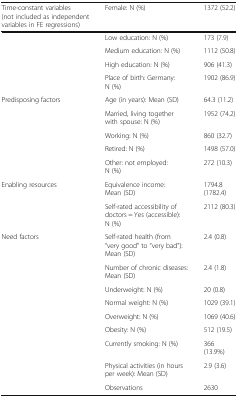
<table><thead><tr><td><b>Time-constant variables (not included as independent variables in FE regressions)</b></td><td><b>Female: N (%)</b></td><td><b>1372 (52.2)</b></td></tr></thead><tbody><tr><td rowspan="4"></td><td>Low education: N (%)</td><td>173 (7.9)</td></tr><tr><td>Medium education: N (%)</td><td>1112 (50.8)</td></tr><tr><td>High education: N (%)</td><td>906 (41.3)</td></tr><tr><td>Place of birth: Germany: N (%)</td><td>1902 (86.9)</td></tr><tr><td rowspan="5">Predisposing factors</td><td>Age (in years): Mean (SD)</td><td>64.3 (11.2)</td></tr><tr><td>Married, living together with spouse: N (%)</td><td>1952 (74.2)</td></tr><tr><td>Working: N (%)</td><td>860 (32.7)</td></tr><tr><td>Retired: N (%)</td><td>1498 (57.0)</td></tr><tr><td>Other: not employed: N (%)</td><td>272 (10.3)</td></tr><tr><td rowspan="2">Enabling resources</td><td>Equivalence income: Mean (SD)</td><td>1794.8 (1782.4)</td></tr><tr><td>Self-rated accessibility of doctors = Yes (accessible): N (%)</td><td>2112 (80.3)</td></tr><tr><td rowspan="9">Need factors</td><td>Self-rated health (from “very good” to “very bad”): Mean (SD)</td><td>2.4 (0.8)</td></tr><tr><td>Number of chronic diseases: Mean (SD)</td><td>2.4 (1.8)</td></tr><tr><td>Underweight: N (%)</td><td>20 (0.8)</td></tr><tr><td>Normal weight: N (%)</td><td>1029 (39.1)</td></tr><tr><td>Overweight: N (%)</td><td>1069 (40.6)</td></tr><tr><td>Obesity: N (%)</td><td>512 (19.5)</td></tr><tr><td>Currently smoking: N (%)</td><td>366 (13.9%)</td></tr><tr><td>Physical activities (in hours per week): Mean (SD)</td><td>2.9 (3.6)</td></tr><tr><td>Observations</td><td>2630</td></tr></tbody></table>